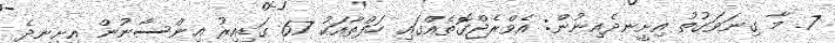
7. މާ ގިނަވަގުތު އިށީނދެއިނުން: އެވްރެޖްގޮތެއްގައި ހަފްތާއަކު 67 ގަޑިއިރު އިންސާނުން އިށީނދެ